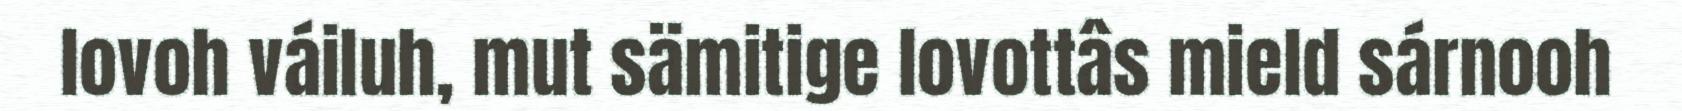
lovoh váiluh, mut sämitige lovottâs mield sárnooh